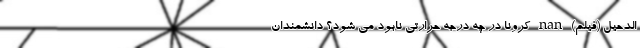
الدحیل (فیلم) nan کرونا در چه درجه حرارتی نابود می‌ شود؟ دانشمندان